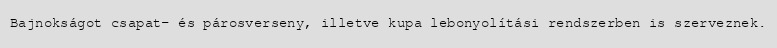
Bajnokságot csapat- és párosverseny, illetve kupa lebonyolítási rendszerben is szerveznek.